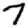
Digit: 7